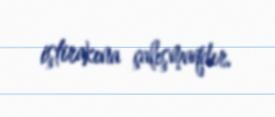
iştirakına çalışmaqdır.